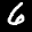
Label: 6